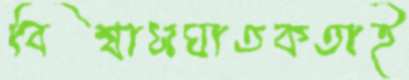
বিশ্বাসঘাতকতাই